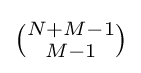
{\tbinom {N+M-1}{M-1}}